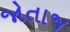
જોતાજ